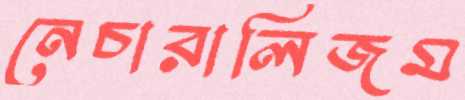
নেচারালিজম